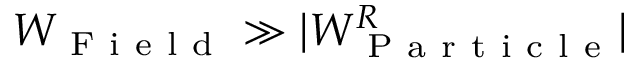
W _ { \mathrm { ~ F ~ i ~ e ~ l ~ d ~ } } \gg | W _ { \mathrm { ~ P ~ a ~ r ~ t ~ i ~ c ~ l ~ e ~ } } ^ { R } |